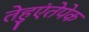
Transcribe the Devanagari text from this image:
तेहुएंतेपेक